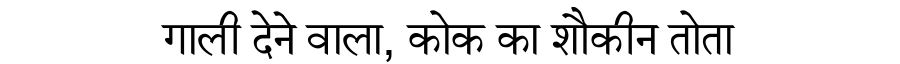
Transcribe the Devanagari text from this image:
गाली देने वाला, कोक का शौकीन तोता